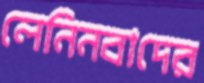
লেনিনবাদের